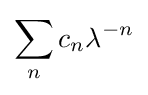
\sum _{n}c_{n}\lambda ^{-n}